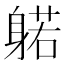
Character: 𰹃